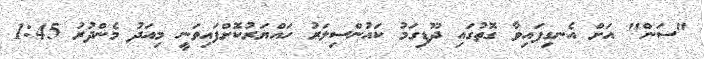
"ސަން" އަށް އެނގިފައިވާ ގޮތުގައި ދޫޑިގަމު ކައުންސިލަރު ހައްޔަރުކޮށްފައިވަނީ މިއަދު މެންދުރު 1:45